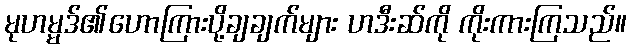
မုဟမ္မဒ်၏ဟောကြားပို့ချချက်များ ဟဒီးဆ်ကို ကိုးကားကြသည်။